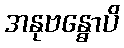
အနုဗန္ဓောပိ